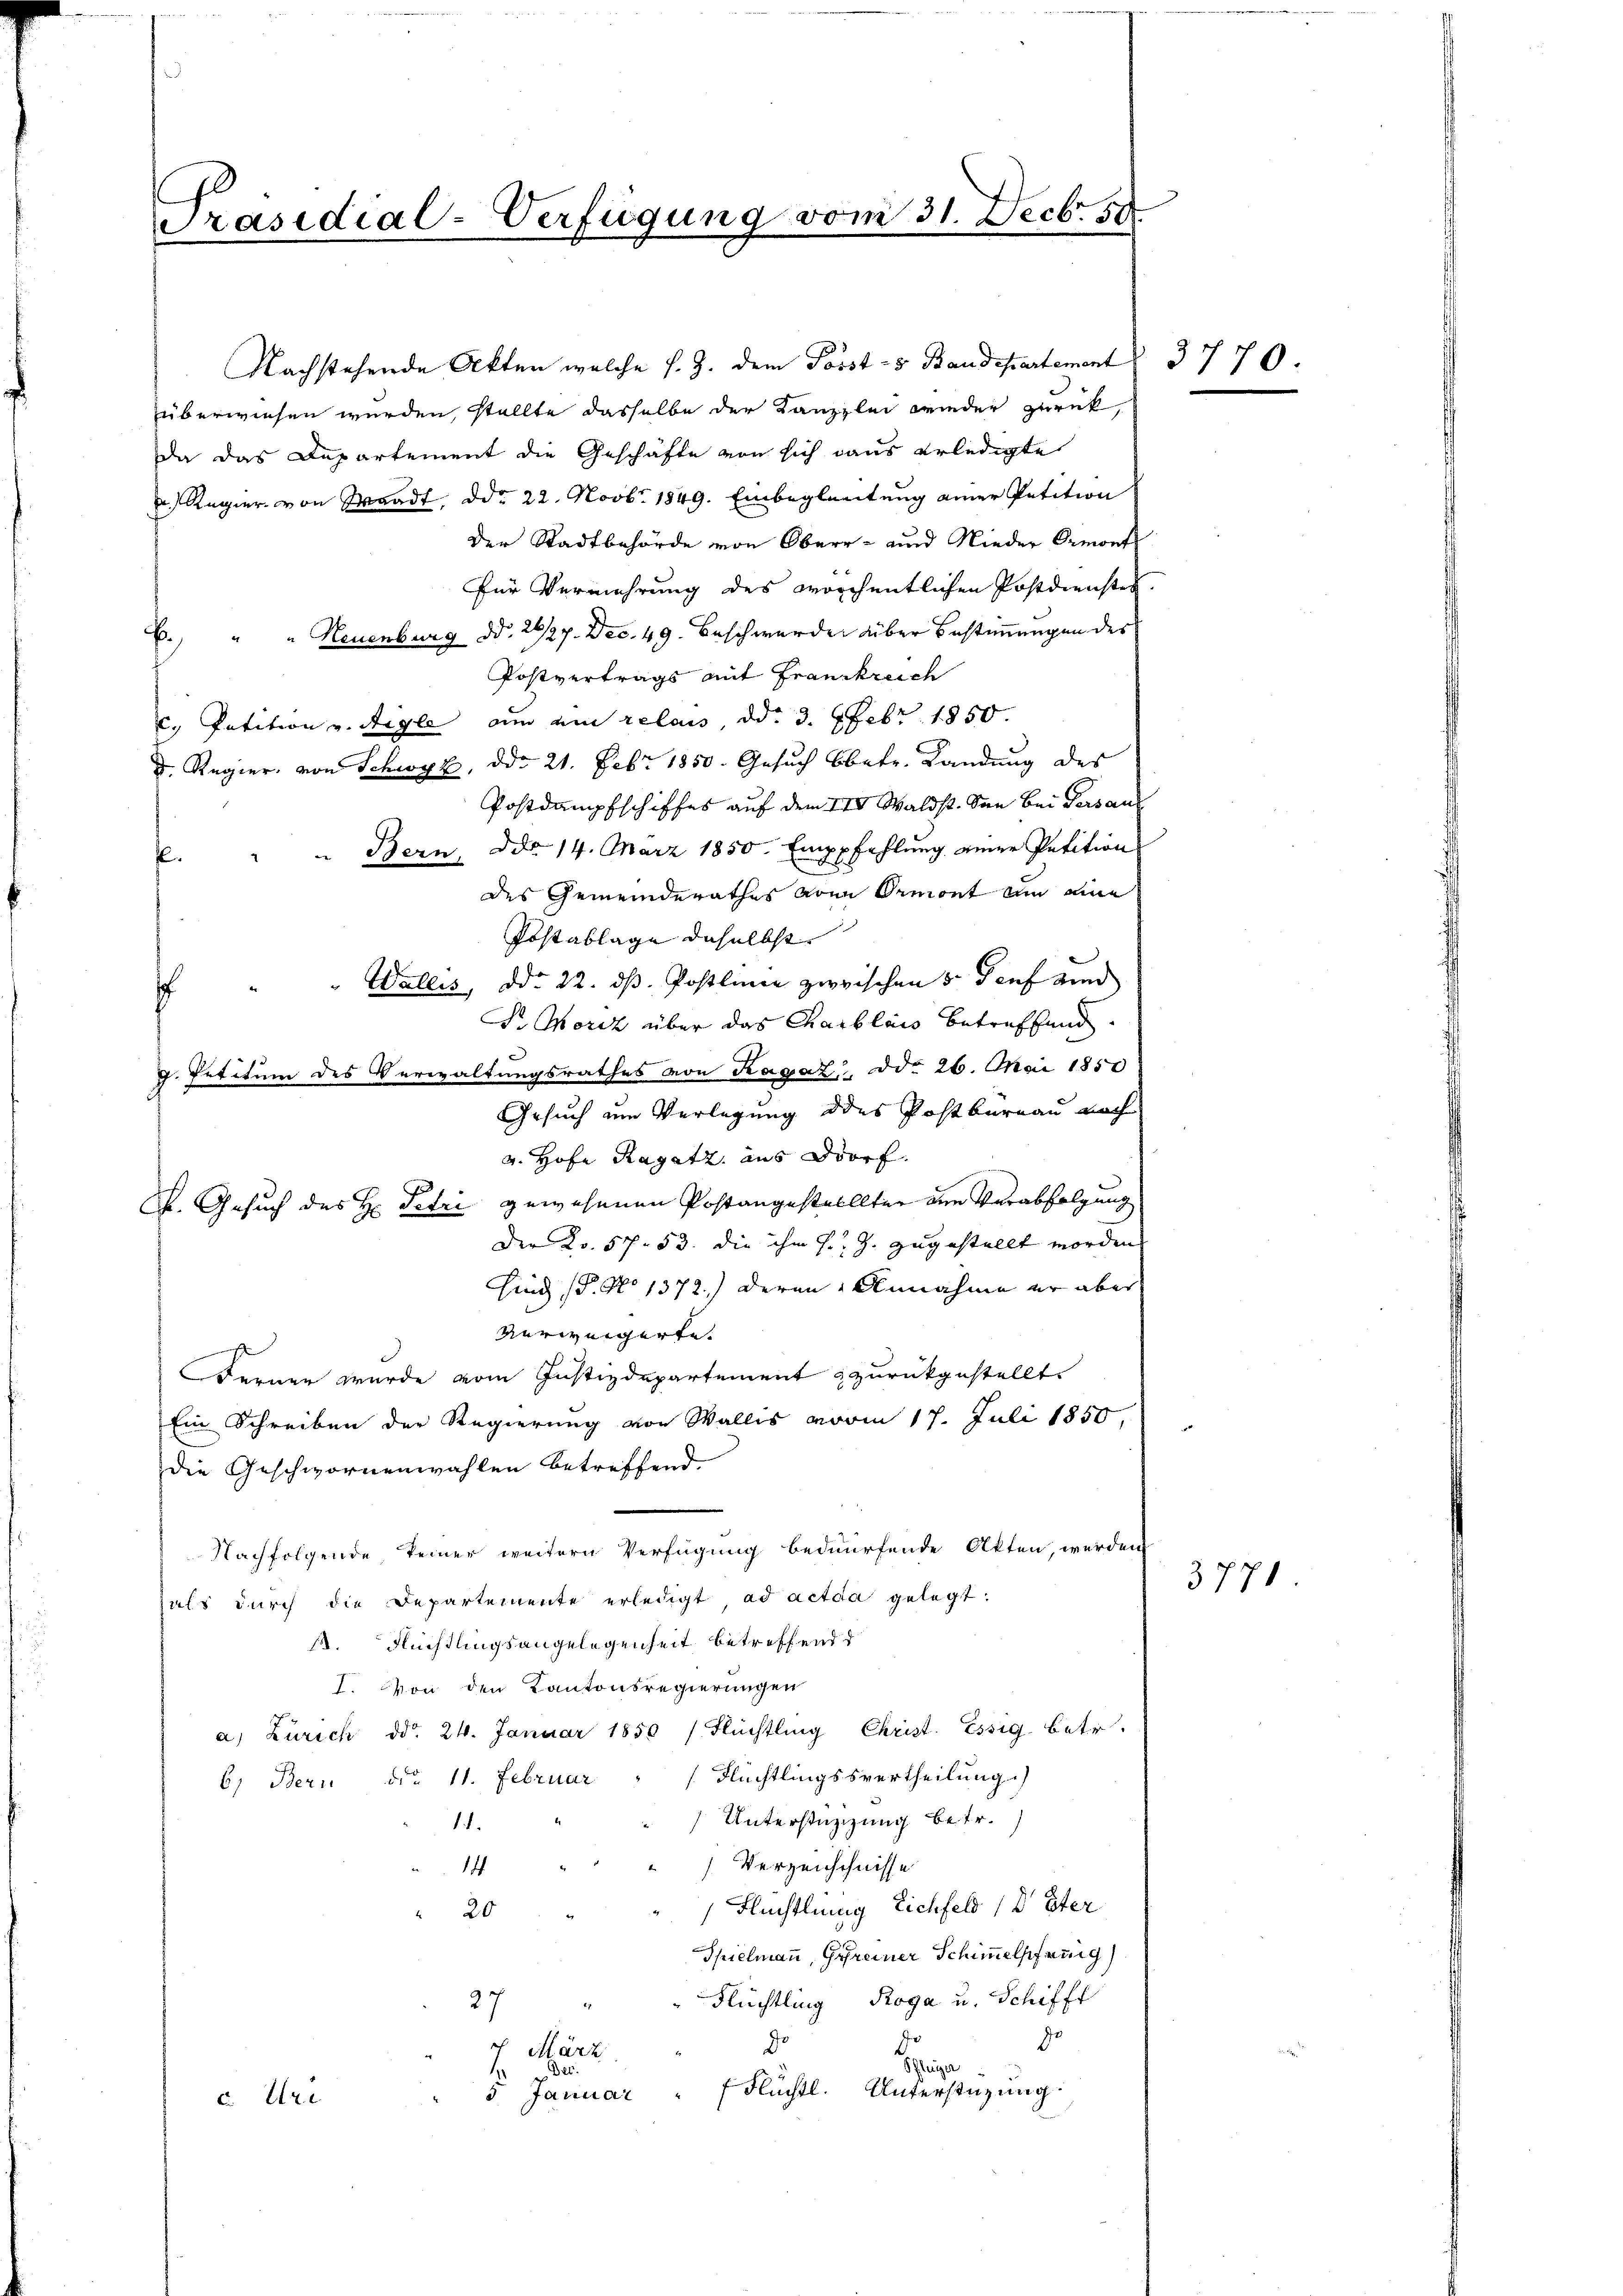
Präsidial-Verfügung vom 31. Decb. 50

Regier von Waadt, ddo 22. Novb. 1849. Einbegleitung einer Petition
der Stadtbehörde von Ober- und Nieder Ormont
Für Vermehrung des worchentlichen Postdiensten.
E. " " Neuenburg d. 26/27. Dec. 49. Beschwerde über Bestimmungen des
Postvertrags mit Frankreich
2. Patition v. Aigle am ein relais dd. 3. Febr 1850.
d. Regier, von Schwyz, ddo 21. Febr 1850. Gesuch betr. Landung des
Postdampfschiffes auf dem III. Waldst. den bei Versau
Ddo 14. März 1850. Emppfehlung einer Petition
“ Bern,
f.
des Gemeinderathes aben Ormont um eine
Postablage daselbst
" Wallis, ddo 22. ds. Postlinie zwischen 5. Genf und
s
d Moriz über das Charblais betreffend
g. Petitum des Verwaltungsrathes von Ragaz, ddo 26. Mai 1850
Gesuch um Verlegung des Postbureau noch
v. Hofe Ragatz, aus Dorf
K. Gesuch des H: Petri gewesenen Postangestellter die Verabfolgung
Der Ro. 57. 53. die ihm s. Z. zugestellt worden
sind (§. No 1372.) deren Annahme er aber
verweigerte.
Fernen wurde vom Justizdepartement zurückgestellt
Ein Schreiben der Regierung von Wallis vom 17. Juli 1850,
die Geschwornenwahlen betreffend
Nachfolgende keiner weitern Verfügung bedürfende Akten, werden
hals dŭrch die Departemente erledigt ad acta gelegt:
s. Flüchtlingsangelegenheit betreffend d
I. Von den Kantonsregierungen
a. Zürich ddo 24. Januar 1850 (Flüchtling Christ. Essig betr.
6) Bern ddo 11. Februar " " Flüchtlingssvertheilung.)
Unterstützung betr.
14.
Verzeichschnisse
14
Flüchtlung Lichfeld / Ster
20
Spielmann, Gereiner Schimmelsfrag
Flüchtling Roga u. Schifft
27
de
Do
7. März
eige
Dec.
fFlüchtl. Unterstüzung.
3 Januar
c. Uri

Nachstehende Akten welche s. Z. dem Post- & Baudepartement
überwiesen werden, stellte dasselbe der Kanzlei wieder zurück,
Da das Departement die Geschäfte von sich aus erledigte

3770

3771.